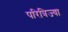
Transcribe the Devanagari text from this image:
परित्रिज्या